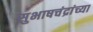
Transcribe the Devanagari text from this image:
सुभाषचंद्रांच्या